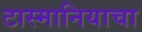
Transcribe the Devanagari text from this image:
टास्मानियाचा